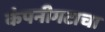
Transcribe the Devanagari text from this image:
कंपनीगटाचा